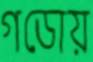
গডোয়